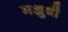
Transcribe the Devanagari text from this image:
मञ्जुश्री